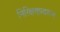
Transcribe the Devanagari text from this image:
निरिक्षणावरून